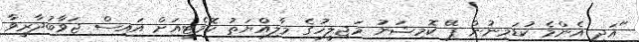
"އަދި އެންމެ ކުޑަމިނުން ޕޭ ކޮމިޝަނު މަޖިލީހުގެ މާލިއްޔަތު ކޮމެޓީއަށް އައިސް ޖަވާބުދާރީވާ